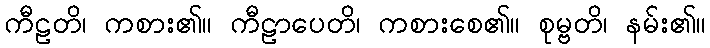
ကီဠတိ၊ ကစား၏။ ကီဠာပေတိ၊ ကစားစေ၏။ စုမ္ဗတိ၊ နမ်း၏။